Indian journal of veterinary science and animal husbandry - Volumes 15-17, 1948-1951
Year: 1948
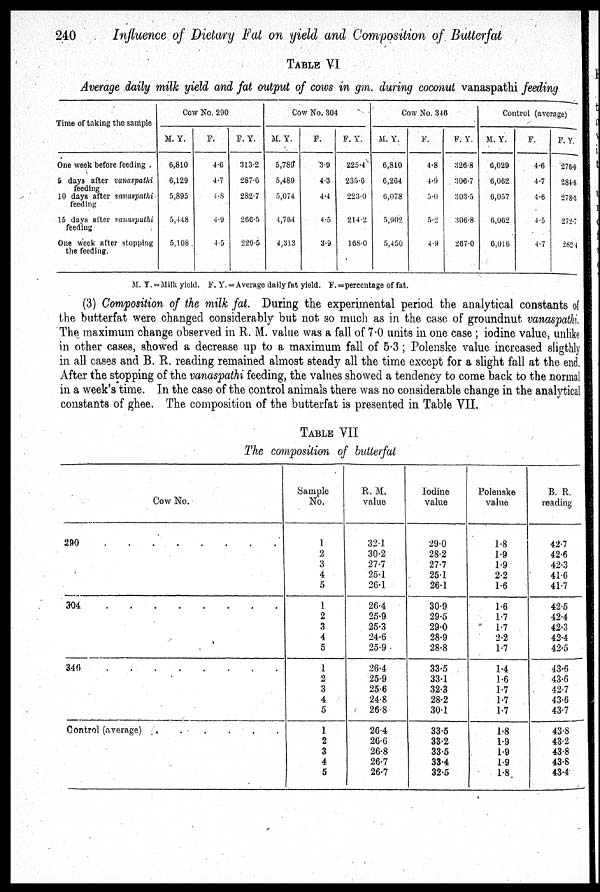
240
Influence of Dietary Fat on yield and Composition of Butterfat
TABLE VI
Average daily milk yield and fat output of cows in gm. during coconut vanaspathi feeding
Time of taking the sample
One week before feeding
5 days after vanaspathi
feeding
10 days after vanaspathi
feeding
15 days after vanaspathi
feeding
One week after stopping
the feeding.
Cow No. 290
M. Y.
6,810
6,129
5,895
5,448
5,108
F.
4.6
4.7
4.8
4.9
4.5
F. Y.
313.2
287.6
282.7
266.5
229.5
Cow No. 304
M. Y.
5,789
5,489
5,074
4,764
4,313
F.
3.9
4.3
4.4
4.5
3.9
F. Y.
225.4
235.6
223.0
214.2
168.0
Cow No. 346
M. Y.
6,810
6,264
6,078
5,902
5,450
F.
4.8
4.9
5.0
5.2
4.9
P. Y.
326.8
306.7
303.5
306.8
267.0
Control (average)
M. Y.
6,029
6,062
6,057
6,062
6,016
F.
4.6
4.7
4.6
4.5
4.7
F. Y.
276.9
284.8
278.3
272.7
2824
M. Y. = Milk yield. F. Y. = Average daily fat yield. F. = percentage of fat.
(3) Composition of the milk fat. During the experimental period the analytical constants of
the butterfat were changed considerably but not so much as in the case of groundnut vanaspathi.
The maximum change observed in R. M. value was a fall of 7.0 units in one case ; iodine value, unlike
in other cases, showed a decrease up to a maximum fall of 5.3 ; Polenske value increased sligthly
in all cases and B. R. reading remained almost steady all the time except for a slight fall at the end.
After the stopping of the vanaspathi feeding, the values showed a tendency to come back to the normal
in a week's time. In the case of the control animals there was no considerable change in the analytical
constants of ghee. The composition of the butterfat is presented in Table VII.
TABLE VII
The composition of butterfat
Cow No.
290 . . . . . . . . . .
304 . . . . . . . . . .
346 . . . . . . . . . .
Control (average)
.
.
.
.
.
.
Sample
No.
1
2
3
4
5
1
2
3
4
5
1
2
3
4
5
1
2
3
4
5
R. M.
value
32.1
30.2
27.7
25.1
26.1
26.4
25.9
25.3
24.6
25.9
26.4
25.9
25.6
24.8
26.8
26.4
26.6
26.8
26.7
26.7
Iodine
value
29.0
28.2
27.7
25.1
26.1
30.9
29.5
29.0
28.9
28.8
33.5
33.1
32.3
28.2
30.1
33.5
33.2
33.5
33.4
32.5
Polenske
value
1.8
1.9
1.9
2.2
1.6
1.6
1.7
1.7
2.2
1.7
1.4
1.6
1.7
1.7
1.7
1.8
1.9
1.9
1.9
1.8
B. R.
reading
42.7
42.6
42.3
41.6
41.7
42.5
42.4
42.3
42.4
42.5
43.6
43.6
42.7
43.6
43.7
43.8
43.2
43.8
43.8
43.4